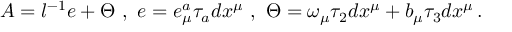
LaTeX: A = l ^ { - 1 } e + \Theta \ , \ e = e _ { \mu } ^ { a } \tau _ { a } d x ^ { \mu } \ , \ \Theta = \omega _ { \mu } \tau _ { 2 } d x ^ { \mu } + b _ { \mu } \tau _ { 3 } d x ^ { \mu } \, .